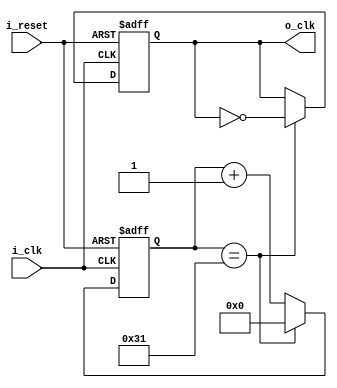
`timescale 1ns / 1ps

module Clock_Divider(
    input i_clk,
    input i_reset,
    output o_clk
    );

    reg r_clk = 0;
    reg[6:0] r_counter = 0;
    assign o_clk = r_clk;

    always @(posedge i_clk or posedge i_reset) begin
        if(i_reset) begin
            r_clk <= 1'b0;
            r_counter <= 0;
        end
        else begin 
            if(r_counter == 50 - 1 )begin  //100_000_000 / x = 1_000_000 = 50 1MHz 
                r_counter <= 0;
                r_clk <= ~r_clk;
            end
            else begin
                r_counter <= r_counter + 1;
            end
        end
    end
endmodule